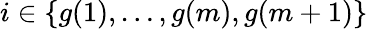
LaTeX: i\in\{ g(1),\ldots,g(m),g(m+1)\}